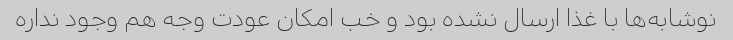
نوشابه‌ها با غذا ارسال نشده بود و خب امکان عودت وجه هم وجود نداره